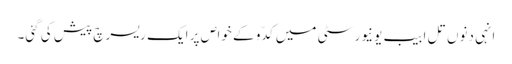
انہی دنوں تل ابیب یونیورسٹی میں کدّو کے خواص پر ایک ریسرچ پیش کی گئی۔